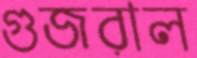
গুজরাল